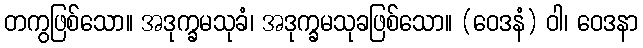
တကွဖြစ်သော။ အဒုက္ခမသုခံ၊ အဒုက္ခမသုခဖြစ်သော။ (ဝေဒနံ) ဝါ၊ ဝေဒနာ